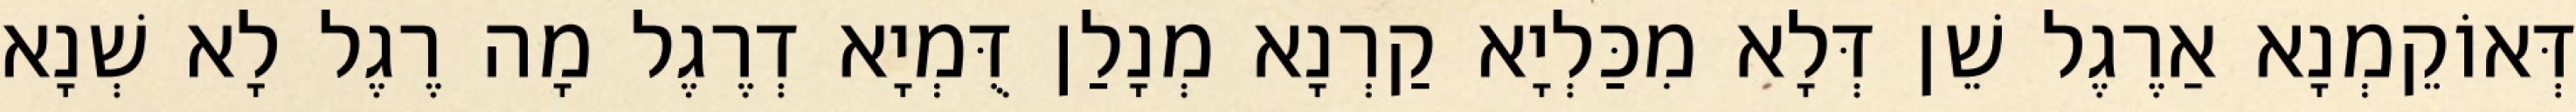
דְּאוֹקֵמְנָא אַרֶגֶל שֵׁן דְּלָא מִכַּלְיָא קַרְנָא מְנָלַן דֻּמְיָא דְרֶגֶל מָה רֶגֶל לָא שְׁנָא